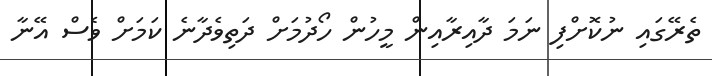
ތެރޭގައި ނުކޮށްފި ނަމަ ދާއިރާއިން މީހުން ހޯދުމަށް ދަތިވެދާނެ ކަމަށް ވެސް އޭނާ